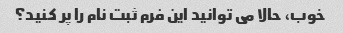
خوب، حالا می توانید این فرم ثبت نام را پر کنید؟